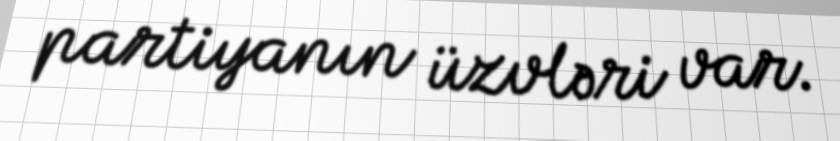
partiyanın üzvləri var.